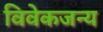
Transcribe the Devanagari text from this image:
विवेकजन्य